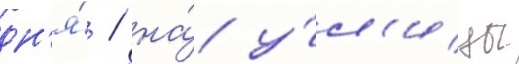
дн'я́ / на́ у́л'ицы